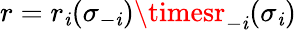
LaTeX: r=r_{\mathit{i}}(\sigma_{-\mathit{i}})\timesr_{-\mathit{i}}(\sigma_{\mathit{i}})